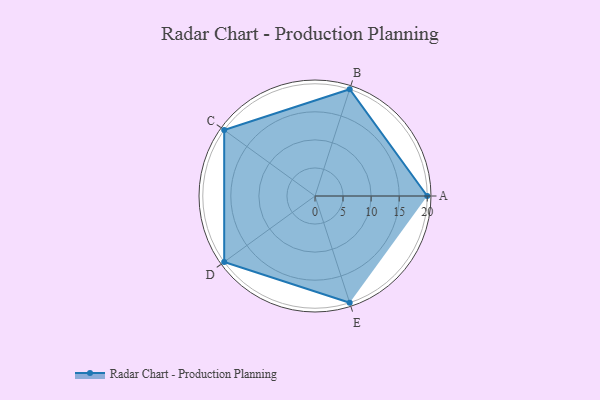
{"axis": {"x": "Skill", "y": "Score"}, "legend": ["Profile"], "data": [{"x": "A", "y": 20, "type": "Profile"}, {"x": "B", "y": 20, "type": "Profile"}, {"x": "C", "y": 20, "type": "Profile"}, {"x": "D", "y": 20, "type": "Profile"}, {"x": "E", "y": 20, "type": "Profile"}]}